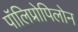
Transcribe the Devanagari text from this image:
पॉलिप्रोपिलोन